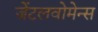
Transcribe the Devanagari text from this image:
जेंटलवोमेन्स